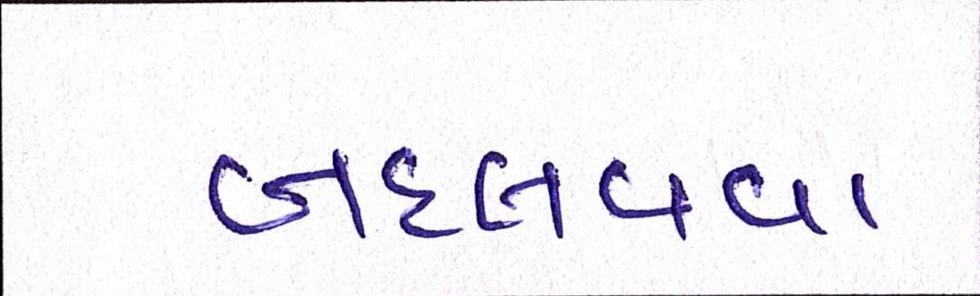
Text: બદલવવા